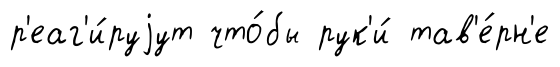
р'еаг'и́руjут что́бы рук'и́ тав'е́рн'е